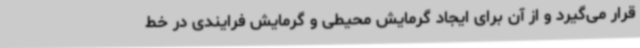
قرار می‌گیرد و از آن برای ایجاد گرمایش محیطی و گرمایش فرایندی در خط